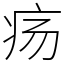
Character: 疡